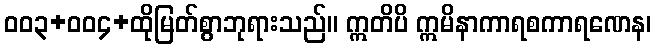
ဝဝ၃+ဝဝ၄+ထိုမြတ်စွာဘုရားသည်။ ဣတိပိ ဣမိနာကာရစကာရဏေန၊